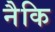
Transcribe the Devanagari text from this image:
नैकि